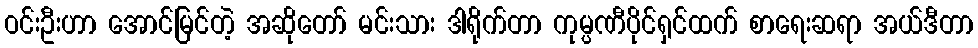
ဝင်းဦးဟာ အောင်မြင်တဲ့ အဆိုတော် မင်းသား ဒါရိုက်တာ ကုမ္ပဏီပိုင်ရှင်ထက် စာရေးဆရာ အယ်ဒီတာ